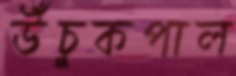
উঁচুকপাল